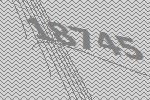
18745